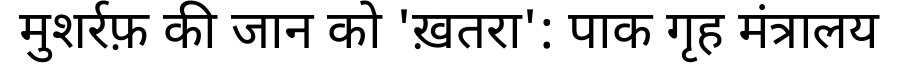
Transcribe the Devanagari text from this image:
मुशर्रफ़ की जान को 'ख़तरा': पाक गृह मंत्रालय